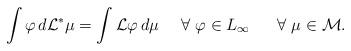
LaTeX: \begin{align*} \int \varphi \, d{\mathcal L}^* \mu = \int {\mathcal L} \varphi \, d \mu \ \ \ \ \forall \ \varphi \in L_{\infty} \ \ \ \ \ \forall \ \mu \in {\mathcal M}.\end{align*}